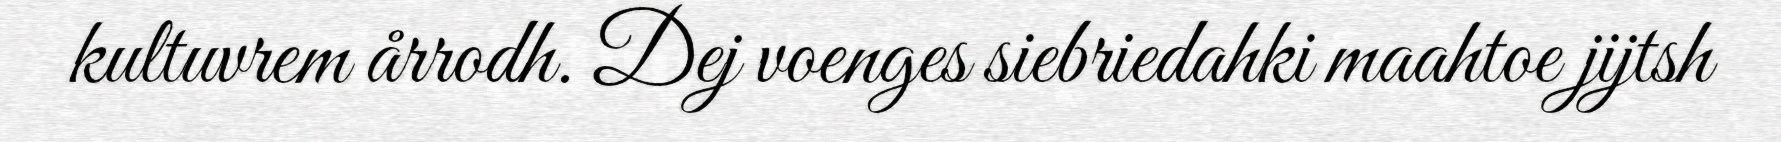
kultuvrem årrodh. Dej voenges siebriedahki maahtoe jijtsh